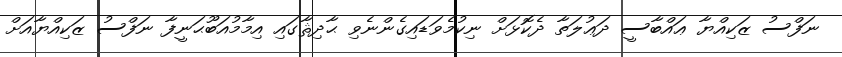
ނަފްސު ޒަކިއްޔާ ޢައްބާސީ ދަޢުލަތާ ދެކޮޅަށް ނިކުމެވަޑައިގެންނެވި ޙާދިޘާގައި އިމާމުއަބޫޙަނީފާ ނަފްސު ޒަކިއްޔާއަށް